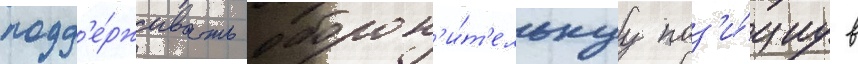
подд'е́рживать оборон'и́т'ельнуу поз'и́циу в